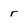
Character: r